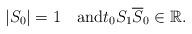
LaTeX: \begin{align*}|S_0|=1\quad\mbox{and}t_0S_1\overline{S}_0\in{\mathbb R}. \end{align*}